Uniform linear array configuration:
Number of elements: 8
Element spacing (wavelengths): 0.5
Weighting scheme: exponential
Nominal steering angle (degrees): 15
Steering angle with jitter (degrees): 16.944
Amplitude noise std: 0.05
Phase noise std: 0.05

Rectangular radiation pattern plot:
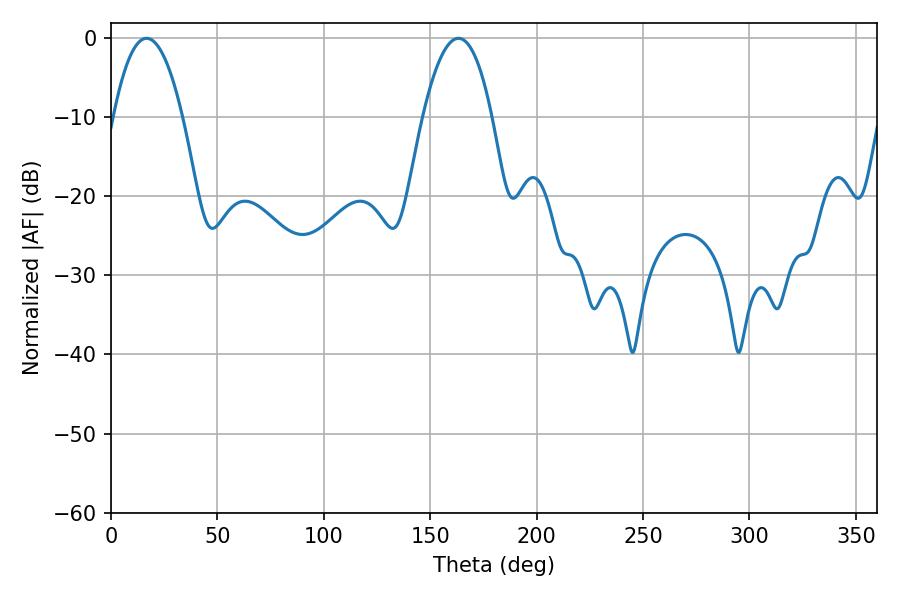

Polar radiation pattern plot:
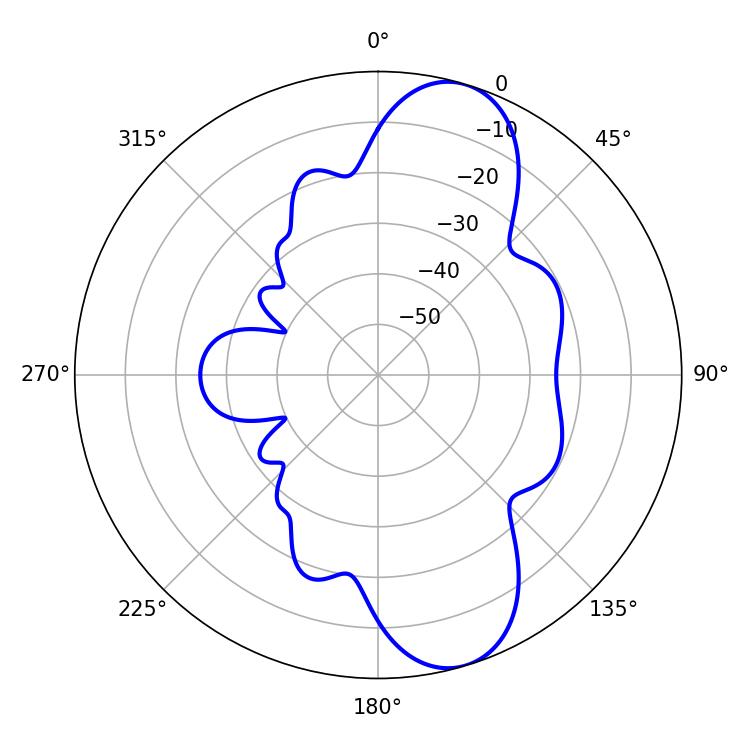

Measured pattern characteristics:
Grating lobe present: FALSE
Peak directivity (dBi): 10.018
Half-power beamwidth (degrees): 18
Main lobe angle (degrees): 16.74